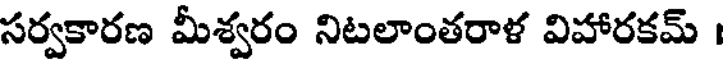
సర్వకారణ మీశ్వరం నిటలాంతరాళ విహారకమ్ ।